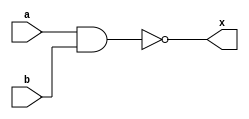
//MODULOS
module GNAND2(a,b,x);
	input a,b;
	output x;

//ASIGNACIONES
assign x=~(a&b);
endmodule